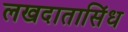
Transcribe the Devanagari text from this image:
लखदातासिंध